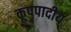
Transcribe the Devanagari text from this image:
कूपपादीय